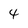
Character: 4